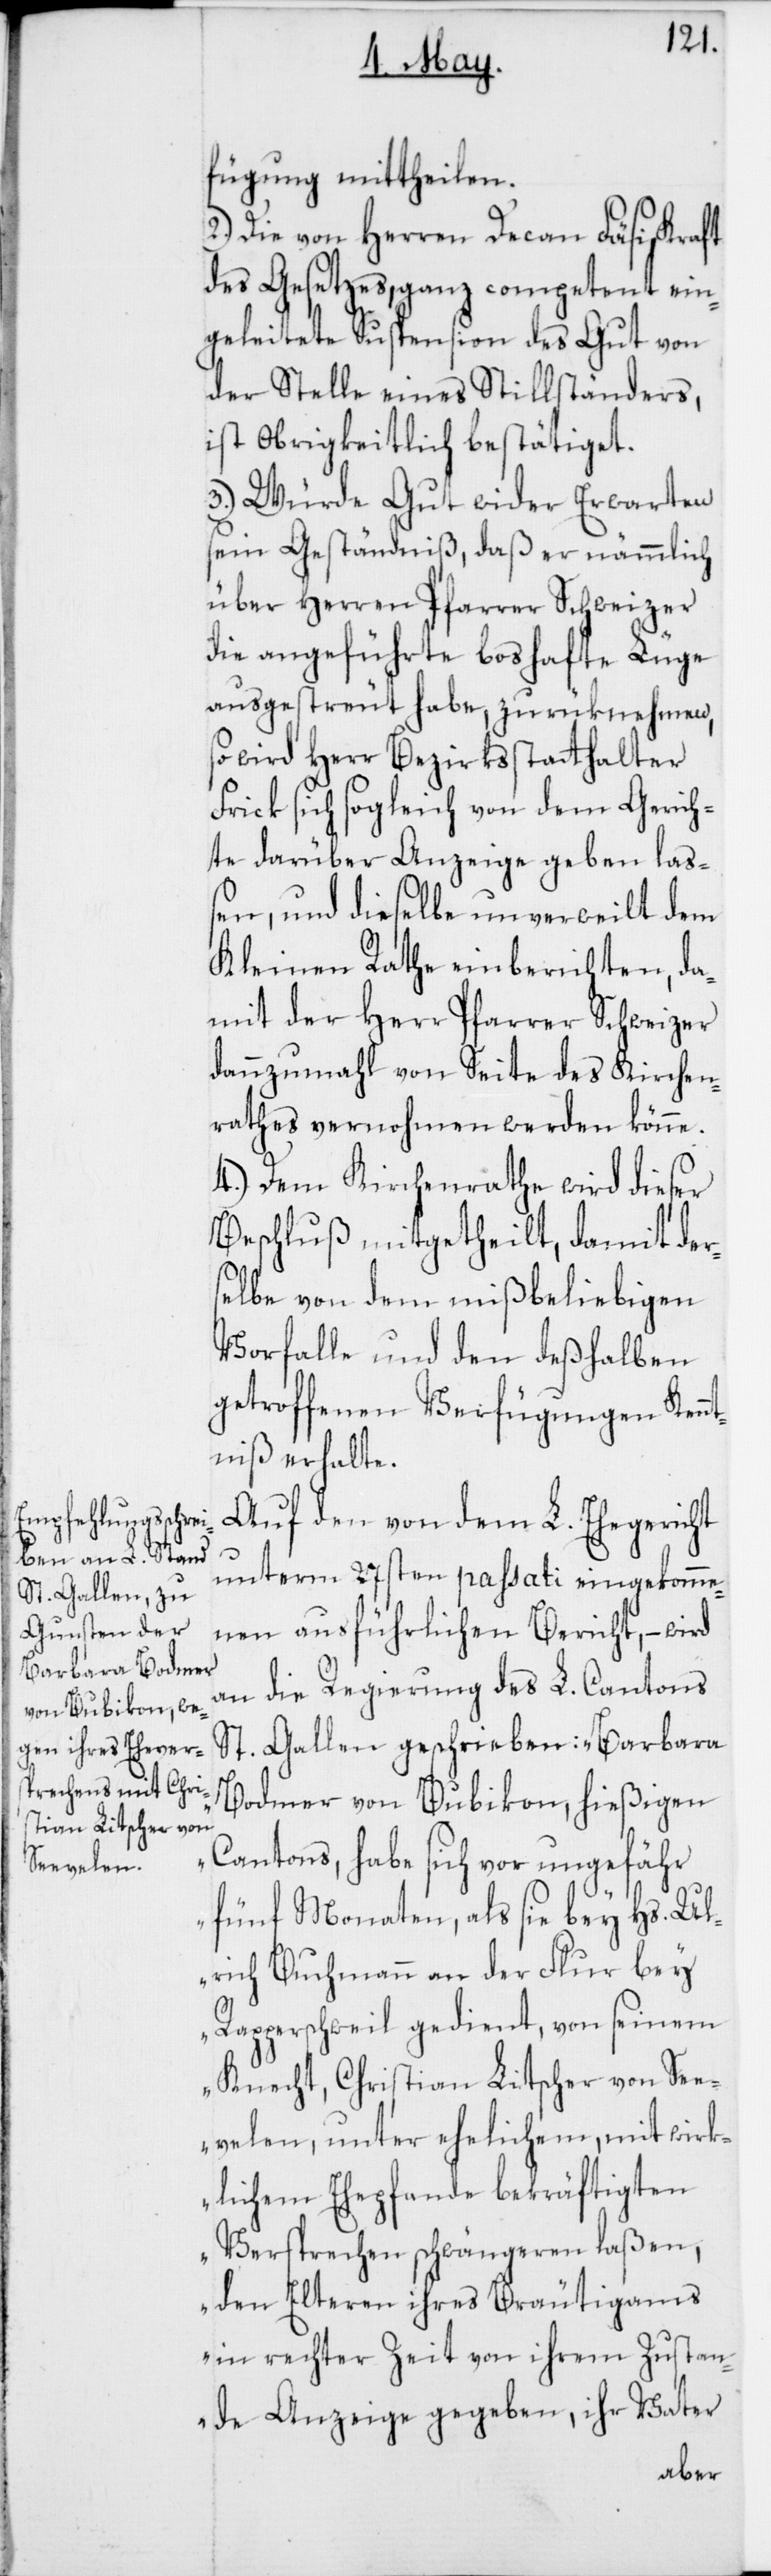
fügung mittheilen.
2.) Die von Herren Decan Fäsi, kraft
des Gesetzes, ganz competent ein¬
geleitete Suspension des Gut von
der Stelle eines Stillständers,
ist Obrigkeitlich bestätiget.
3.) Würde Gut wider Erwarten
sein Geständniß, daß er nämmlich
über Herren Pfarrer Schweizer
die angeführte boshafte Lüge
ausgestreut habe, zurüknehmen,
so wird Herr Bezirksstatthalter
Frick sich sogleich von dem Gerich¬
te darüber Anzeige geben laß¬
en, und dieselbe unverweilt dem
Kleinen Rathe einberichten, da¬
mit der Herr Pfarrer Schweizer
dannzumahl von Seite des Kirchen¬
rathes vernohmen werden könne.
4.) Dem Kirchenrathe wird dieser
Beschluß mitgetheilt, damit ders¬
elbe von dem mißbeliebigen
Vorfalle und den deßhalben
getroffenen Verfügungen Kenn¬
tniß erhalte.
Auf den von dem L. Ehegericht
unterm 27sten passati eingekomme¬
nen ausführlichen Bericht, – wird
an die Regierung des L. Cantons
St. Gallen geschrieben: „Barbara
Bodmer von Bubikon, hießigen
Cantons, habe sich vor ungefähr
fünf Monaten, als sie bey Hs. Ul¬
rich Buchmann an der Flur bey
Rapperschweil gedient, von seinem
Knecht, Christian Litscher von Se¬
velen, unter ehelichem, mit wirk¬
lichem Ehepfande bekräftigten
Versprechen schwängeren laßen,
den Elteren ihres Bräutigams
in rechter Zeit von ihrem Zustan¬
de Anzeige gegeben, ihr Vater